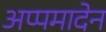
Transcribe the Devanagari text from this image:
अप्पमादेन